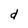
Character: d